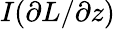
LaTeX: I({\partial L}/{\partial z})